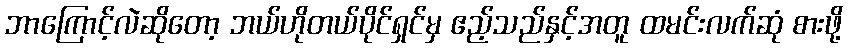
ဘာကြောင့်လဲဆိုတော့ ဘယ်ဟိုတယ်ပိုင်ရှင်မှ ဧည့်သည်နှင့်အတူ ထမင်းလက်ဆုံ စားဖို့